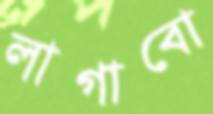
লাগাবো